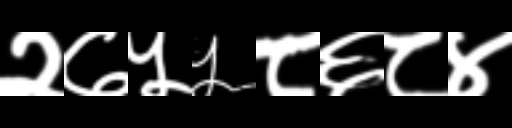
Text: २७५५८६८४